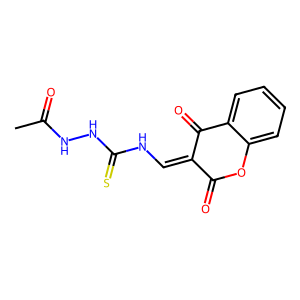
SMILES: CC(=O)NNC(=S)NC=C1C(=O)Oc2ccccc2C1=O
Inhibits HIV replication: No